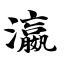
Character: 瀛